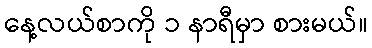
နေ့လယ်စာကို ၁ နာရီမှာ စားမယ်။